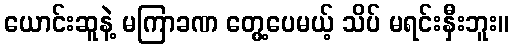
ယောင်းဆူနဲ့ မကြာခဏ တွေ့ပေမယ့် သိပ် မရင်းနှီးဘူး။